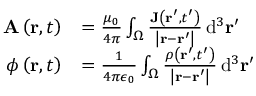
{ \begin{array} { r l } { \mathbf { A } \left( \mathbf { r } , t \right) } & { = { \frac { \mu _ { 0 } } { 4 \pi } } \int _ { \Omega } { \frac { \mathbf { J } \left( \mathbf { r } ^ { \prime } , t ^ { \prime } \right) } { \left| \mathbf { r } - \mathbf { r } ^ { \prime } \right| } } \, \mathrm { d } ^ { 3 } \mathbf { r } ^ { \prime } } \\ { \phi \left( \mathbf { r } , t \right) } & { = { \frac { 1 } { 4 \pi \epsilon _ { 0 } } } \int _ { \Omega } { \frac { \rho \left( \mathbf { r } ^ { \prime } , t ^ { \prime } \right) } { \left| \mathbf { r } - \mathbf { r } ^ { \prime } \right| } } \, \mathrm { d } ^ { 3 } \mathbf { r } ^ { \prime } } \end{array} }